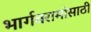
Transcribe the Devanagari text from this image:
भार्गवरामांसाठी